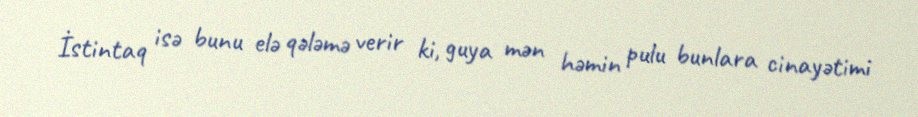
İstintaq isə bunu elə qələmə verir ki, guya mən həmin pulu bunlara cinayətimi